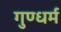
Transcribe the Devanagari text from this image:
गुण्धर्म